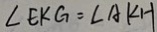
\angle E K G = \angle A K H